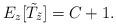
LaTeX: \begin{align*} E_z[\tilde T_{\tilde z}] = C+1.\end{align*}